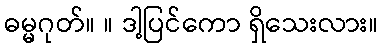
ဓမ္မဂုတ်။ ။ ဒါ့ပြင်ကော ရှိသေးလား။